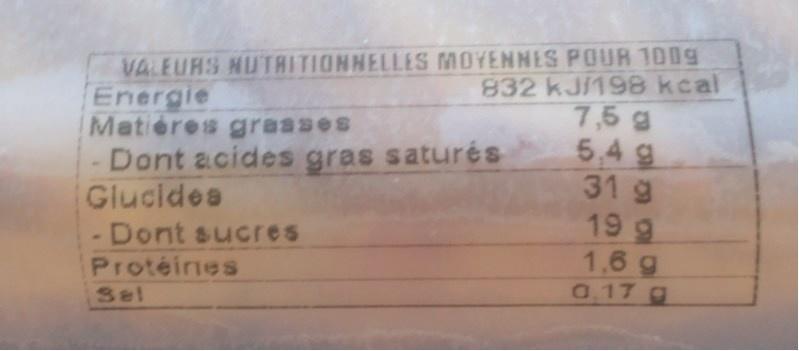
VALEURS NUTRITIONNELLES MOYENNES POUR 100g
Energie Matiéres grasses Dont acides gras saturés Glucides - Dont sucres Protéines
832 kJ/198 kcal 7,5 g 5,4 g 31 g 199 1,6 g 0,17 g
Sel